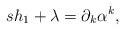
LaTeX: \begin{align*}sh_{1}+\lambda =\partial _{k}\alpha ^{k}, \end{align*}